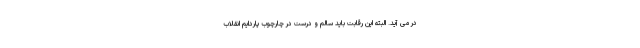
در می آید. البته این رقابت باید سالم و درست در چارچوب پاردایم انقلاب